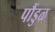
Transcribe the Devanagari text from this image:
पौंडुळ